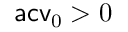
\mathsf { a c v } _ { 0 } > 0